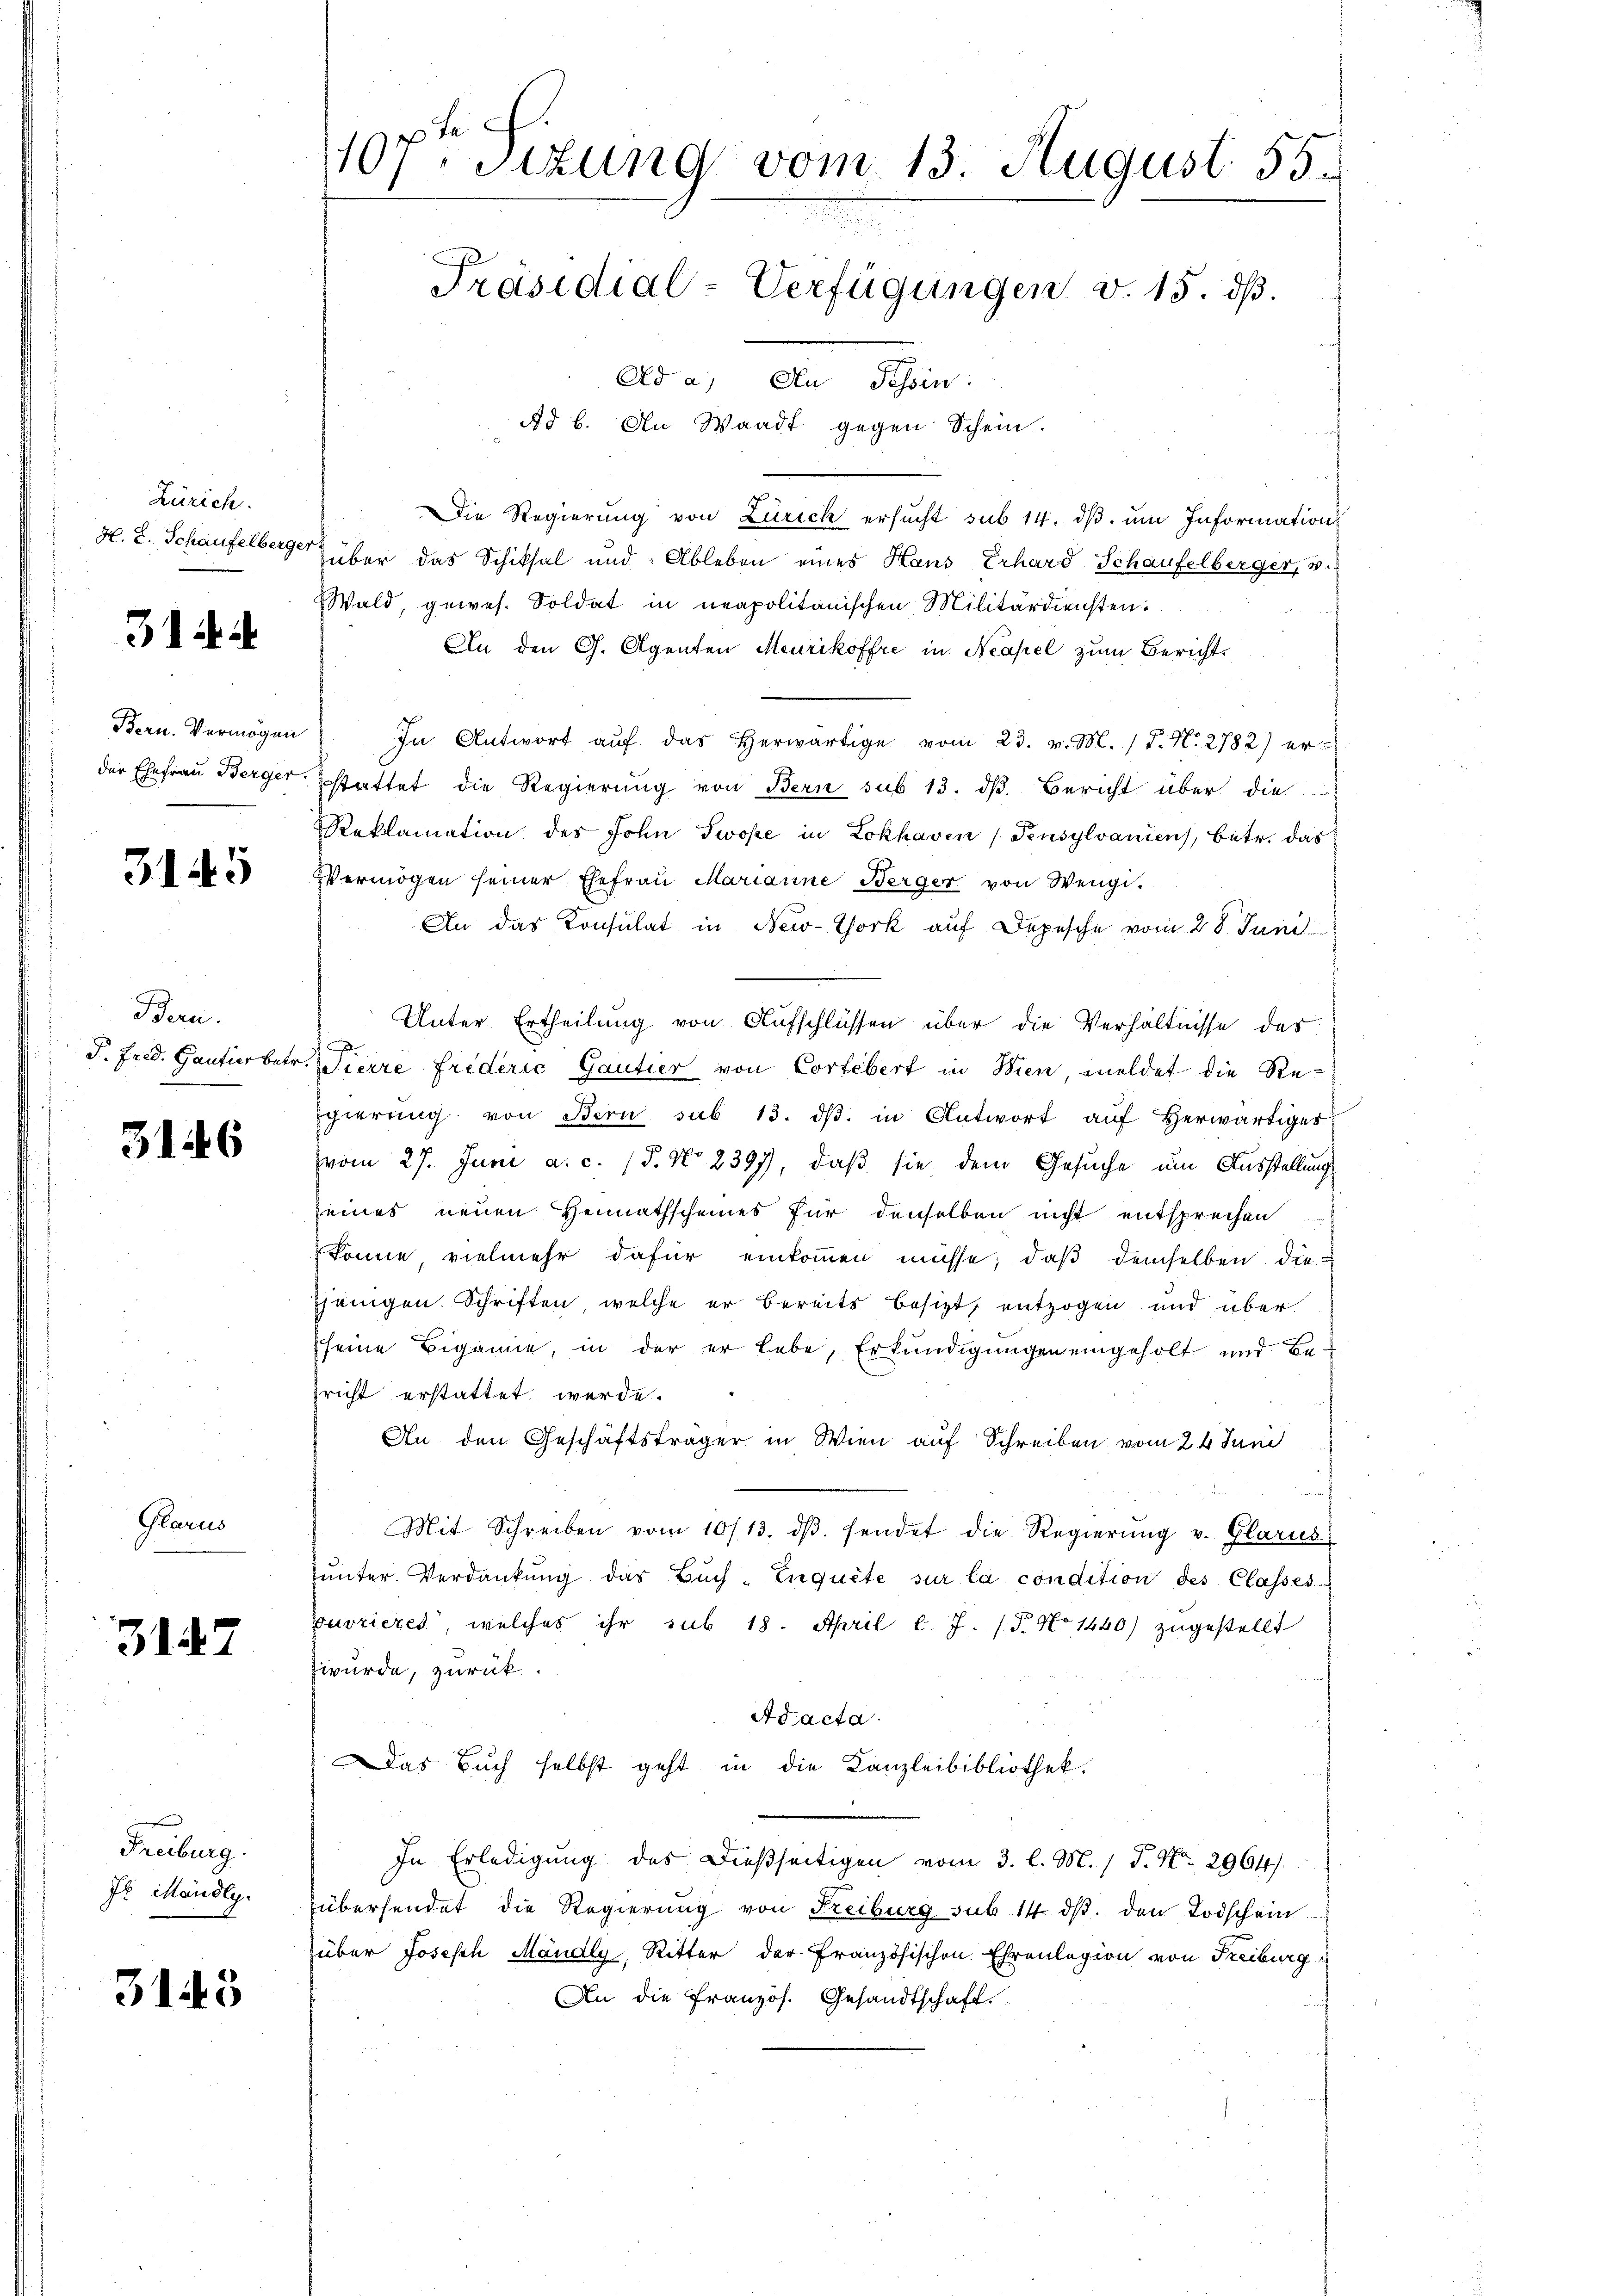
Zürich.
H. E. Schaufelberger

31 a

Bern. Vermögen
der Ehefrau Berger.

3145

Bern.
P. Fred. Gantier betr.

316

Glarus

3147

Freiburg.
Jb. Mandlg.

3143

e
1107. Sitzung vom 13. August. 55.
Präsidial-Verfügungen v. 15. dß.
Ad a. An Tessin.

Die Regierung von Zürich ersucht sub 14. dβ. um Information
über das Schiksal und Ableben eines Haus Erhard Schaufelberger, 3.
Wald, gewes. Soldat in neapolitanischen Militärdiensten.
An den G. Agenten Meurikoffre in Neapel zum Bericht
In Antwort auf das herwärtige vom 23. v. M. (T. N. 2782) er-
stattet die Regierung von Bern sub 13. dß. Bericht über die
Reklamation des John Twope in Lokhaven (Pensylvanicus, Betr. das
Vermögen seiner Ehefraŭ Marianne Berger von Wengi.
An das Konsulat in New-York auf Depesche vom 28. Juni
Unter Ertheilung von Aufschlüssen über die Verhältnisse des
d
Sierre Friderić Gautier von Cortebert in Wien, meldet die Regierung von Bern sub 13. dβ. in Antwort auf Herwärtiges
vom 27. Juni a. c. 15. No 2397), daß sie dem Gesuche um Ausstellung
eines neuen Heimathscheines für denselben nicht entsprechen
könne, vielmehr dafür einkommen müsse; daß demselben die
jenigen. Schriften, welche er bereits besizt, entzogen und über
seine Biganne, in der er lebe, Erkundigungen eingeholt und Bericht erstattet werde.
An den Geschäftsträger in Wien auf Schreiben vom 24 Juni
Mit Schreiben vom 10/13. dβ. sendet die Regierŭng v. Glarus
inter. Verdankung das Buch-Inquite sur la condition des Classes
uvrieres welches ihr sub 18. April l. J. (T. No 1440) zugestellt
würde, zurück.
Ad acta.
Das Buch selbst geht in die Kanzleibibliothek.
In Erledigung des Dießseitigen vom 3. l. M. / P. Nr. 2964.
übersendet die Regierung von Freiburg sub 14 d. den Todschein
über Josesch Mändly, Ritter der Französischen Ehrenlegion von Freiburg
An die Französ. Gesandtschaft

Ad b. An Waadt gegen Schein.